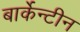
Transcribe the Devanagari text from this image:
बार्केन्टीन